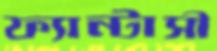
ফ্যান্টাসী